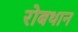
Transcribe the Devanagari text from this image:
रोबथान